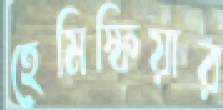
হেমিস্ফিয়ার